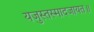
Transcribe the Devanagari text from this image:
यजुस्तस्मादजायत॥